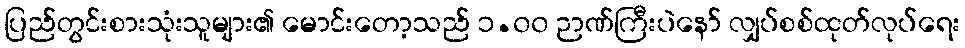
ပြည်တွင်းစားသုံးသူများ၏ မောင်းတော့သည် ၁.၀၀ ဉာဏ်ကြီးပဲနော် လျှပ်စစ်ထုတ်လုပ်ရေး